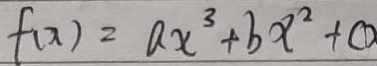
f ( x ) = a x ^ { 3 } + b x ^ { 2 } + c D